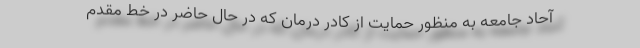
آحاد جامعه به منظور حمایت از کادر درمان که در حال حاضر در خط مقدم